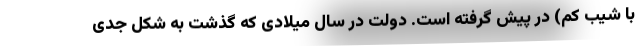
با شیب کم) در پیش گرفته است. دولت در سال میلادی که گذشت به شکل جدی